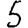
Digit: 5